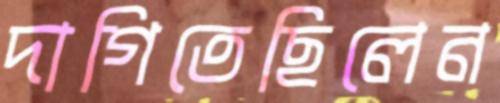
দাগিতেছিলেন